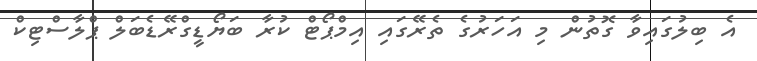
އެ ބިލުގައިވާ ގޮތުން މި އަހަރުގެ ތެރޭގައި އިމްޕޯޓް ކުރާ ބަޔޯޑީގްރޭޑެބަލް ޕްލާސްޓިކް